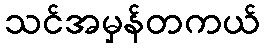
သင်အမှန်တကယ်